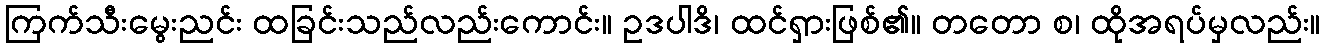
ကြက်သီးမွေးညင်း ထခြင်းသည်လည်းကောင်း။ ဥဒပါဒိ၊ ထင်ရှားဖြစ်၏။ တတော စ၊ ထိုအရပ်မှလည်း။